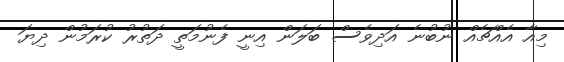
މިއާ އެއްޗެއް ނުބުނެ އަދިވެސް ބަލަން އިނީ ފެނުމަތީ ދަތުރު ކުރަމުން ދިޔަ